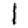
Digit: 1